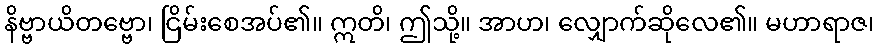
နိဗ္ဗာယိတဗ္ဗော၊ ငြိမ်းစေအပ်၏။ ဣတိ၊ ဤသို့။ အာဟ၊ လျှောက်ဆိုလေ၏။ မဟာရာဇ၊